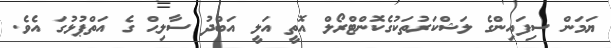
ޔަމަން ސިފައިންގެ ލަޝްކަރުތަކުގެކޮންޓްރޯލް އޮތީ އަލީ އަބްދު ސާލިޙް ގެ އަތްޕުޅުގަ އެވެ.